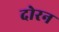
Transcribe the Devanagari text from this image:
दोरन